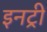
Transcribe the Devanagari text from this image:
इनट्री